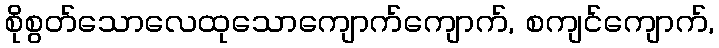
စိုစွတ်သောလေထုသောကျောက်ကျောက်, စကျင်ကျောက်,